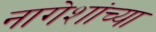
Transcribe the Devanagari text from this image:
नागेशांच्या